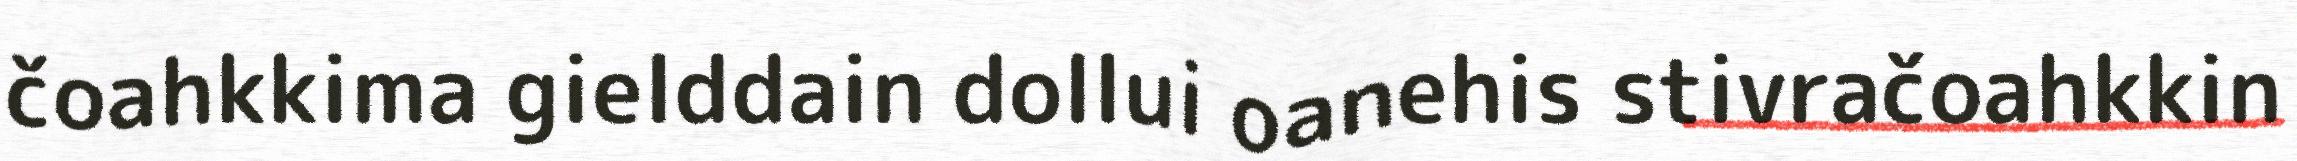
čoahkkima gielddain dollui oanehis stivračoahkkin